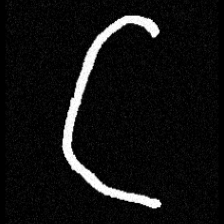
Pyu character \u2014 Myanmar letter: ဋ (romanized: tta)